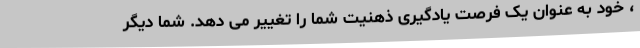
، خود به عنوان یک فرصت یادگیری ذهنیت شما را تغییر می دهد. شما دیگر